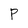
Character: P